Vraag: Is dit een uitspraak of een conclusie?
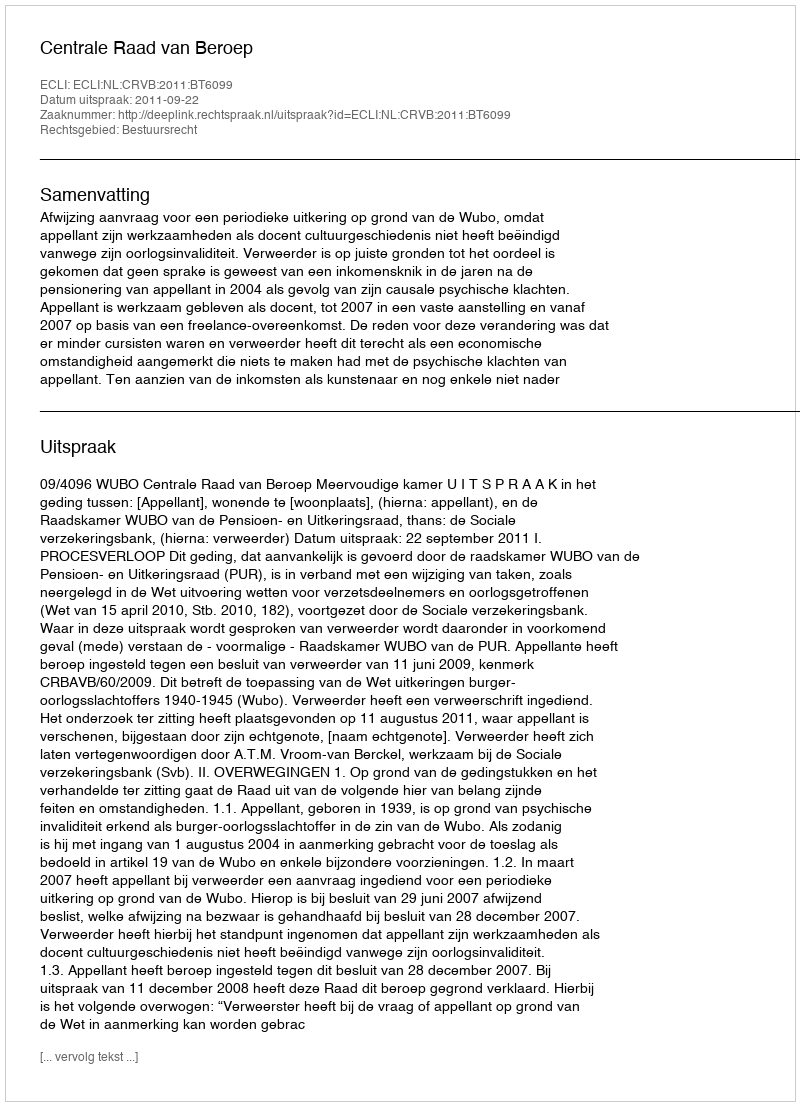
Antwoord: Uitspraak